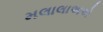
મલાલાઅએ